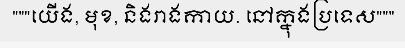
"""យើង, មុខ, និងរាងកាយ. នៅក្នុងប្រទេស"""